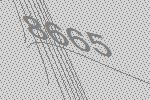
8665